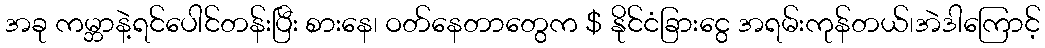
အခု ကမ္ဘာနဲ့ရင်ပေါင်တန်းပြီး စားနေ၊ ဝတ်နေတာတွေက $ နိုင်ငံခြားငွေ အရမ်းကုန်တယ်၊အဲဒါကြောင့်